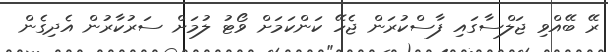
ރޭ ބޭއްވި ޖަލްސާގައި ފާސްކުރަން ޖެހޭ ކަންކަމަށް ވޯޓު ލުމަށް ސަރުކާރުން އެދިގެން